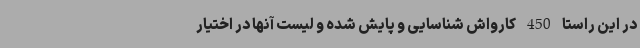
در این راستا 450 کارواش شناسایی و پایش شده و لیست آنها در اختیار